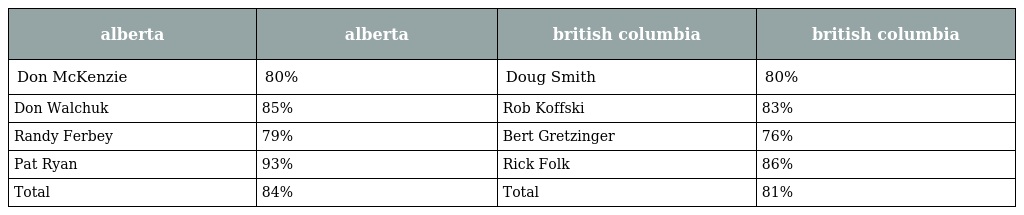
| alberta | alberta | british columbia | british columbia |
 | --- | --- | --- | --- |
 | Don McKenzie | 80% | Doug Smith | 80% |
 | Don Walchuk | 85% | Rob Koffski | 83% |
 | Randy Ferbey | 79% | Bert Gretzinger | 76% |
 | Pat Ryan | 93% | Rick Folk | 86% |
 | Total | 84% | Total | 81% |